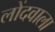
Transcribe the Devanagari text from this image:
लोंदवाला